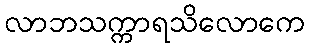
လာဘသက္ကာရသိလောကေ